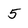
Character: 5